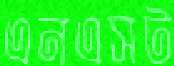
এনএসট